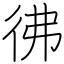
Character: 彿